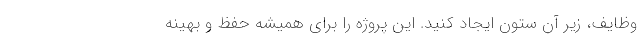
وظایف، زیر آن ستون ایجاد کنید. این پروژه را برای همیشه حفظ و بهینه